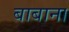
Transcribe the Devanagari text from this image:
बाबाना